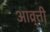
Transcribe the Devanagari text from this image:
आव्र्त्ती